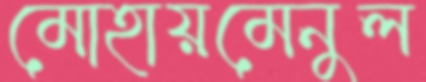
মোহায়মেনুল